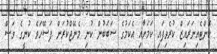
ކޮންޓެއިނަރައިޒް ކުރެވިފައި ކަމަށާއި އެކަމުގެ ސަބަބުން ކުނި މެނޭޖްކުރަން ފަސޭހަވެ ކުނީގެ ވަސް